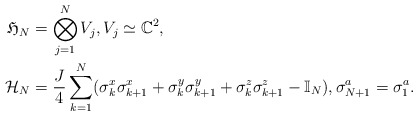
\begin{align*}\mathfrak{H}_N &= \bigotimes_{j=1}^{N} V_j,V_j \simeq {\mathbb {C}}^2,\\\mathcal{H}_N &= \frac{J}{4} \sum_{k=1}^{N}( \sigma_{k}^{x} \sigma_{k+1}^{x}+ \sigma_{k}^{y} \sigma_{k+1}^{y}+ \sigma_{k}^{z} \sigma_{k+1}^{z} -{\mathbb {I}}_N),\sigma_{N+1}^{a}=\sigma_{1}^{a}.\end{align*}